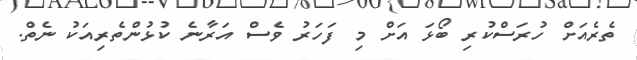
ތެރެއަށް ހުރަސްކުރި ބޯޅަ އަށް މި ފަހަރު ވެސް އަރާނެ ކުޅުންތެރިއަކު ނެތް.